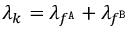
\lambda _ { k } = \lambda _ { f ^ { \tt A } } + \lambda _ { f ^ { \tt B } }